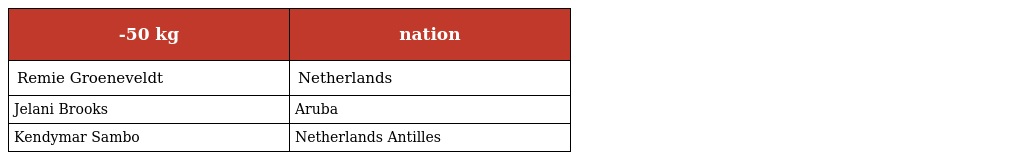
| -50 kg | nation |
 | --- | --- |
 | Remie Groeneveldt | Netherlands |
 | Jelani Brooks | Aruba |
 | Kendymar Sambo | Netherlands Antilles |